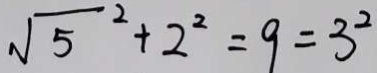
\sqrt { 5 } ^ { 2 } + 2 ^ { 2 } = 9 = 3 ^ { 2 }